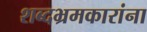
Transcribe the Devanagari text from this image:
शब्दभ्रमकारांना